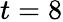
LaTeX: t=8